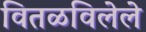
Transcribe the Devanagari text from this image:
वितळविलेले